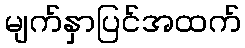
မျက်နှာပြင်အထက်